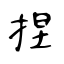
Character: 捏